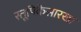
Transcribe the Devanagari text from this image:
स्तूपिकेसारखा